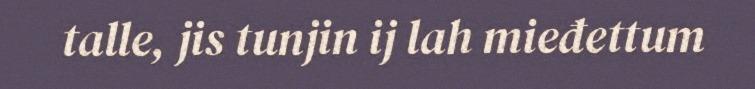
talle, jis tunjin ij lah mieđettum